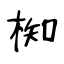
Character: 椥